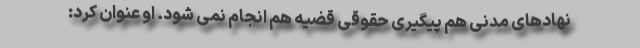
نهادهای مدنی هم پیگیری حقوقی قضیه هم انجام نمی شود. او عنوان کرد: